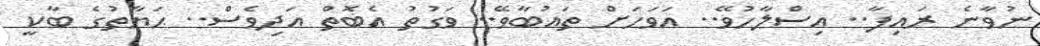
ނުވާނެ ރައިފާ.. އިސްލާހުވޭ.. އަވަހަށް ތައުބާވޭ.. ވަގުތު އެބޮތް އަދިވެސް.. ޙަޔާތުގެ ބާކީ